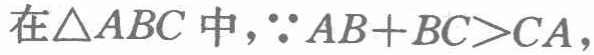
在\(\triangle ABC\)中，\(\because AB + BC>CA\)，